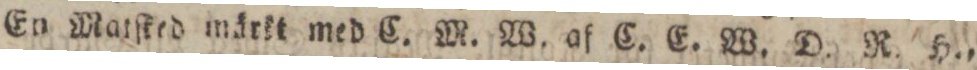
En Matſked märkt med C. M. W. af. C. E. W. D. R. h.,